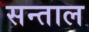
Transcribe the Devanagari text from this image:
सन्ताल